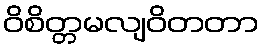
ဝိစိတ္တမလျဝိတတာ